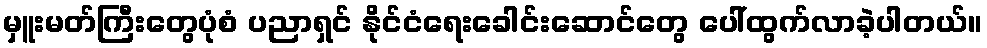
မှူးမတ်ကြီးတွေပုံစံ ပညာရှင် နိုင်ငံရေးခေါင်းဆောင်တွေ ပေါ်ထွက်လာခဲ့ပါတယ်။